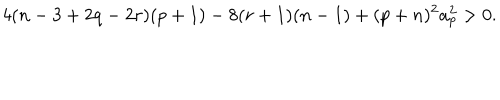
4 ( n - 3 + 2 q - 2 r ) ( p + 1 ) - 8 ( r + 1 ) ( n - 1 ) + ( p + n ) ^ { 2 } a _ { p } ^ { 2 } > 0 .